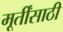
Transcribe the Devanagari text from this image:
मूर्तींसाठी